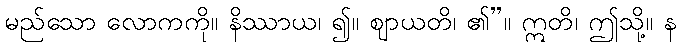
မည်သော လောကကို။ နိဿာယ၊ ၍။ ဈာယတိ၊ ၏”။ ဣတိ၊ ဤသို့။ န